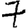
Digit: 7